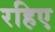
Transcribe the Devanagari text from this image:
रहिए